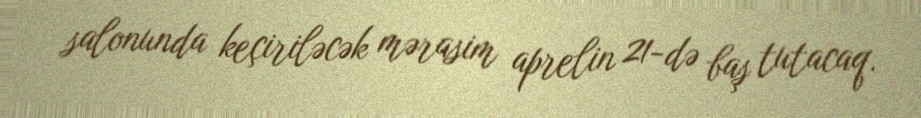
salonunda keçiriləcək mərasim aprelin 21-də baş tutacaq.